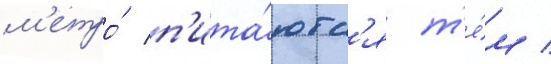
м'етро́ п'ита́ютс'я т'е́м /